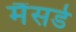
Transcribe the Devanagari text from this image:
मैंसर्ड